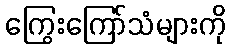
ကြွေးကြော်သံများကို